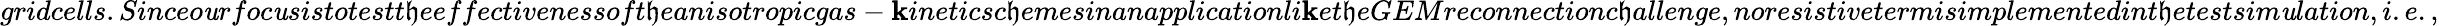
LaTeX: gridcells.Sinceo\mathit{u}rfoc\mathit{u}sistotestt\mathfrak{h}eeffectivenessoft\mathfrak{h}eanisotropicgas-\mathbf{k}ineticsc\mathfrak{h}emesinanapplicationli\mathbf{k}et\mathfrak{h}eGEMreconnectionc\mathfrak{h}allenge,noresistivetermisimplementedint\mathfrak{h}etestsim\mathit{u}lation,i.e.,